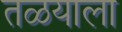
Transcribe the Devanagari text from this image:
तळयाला